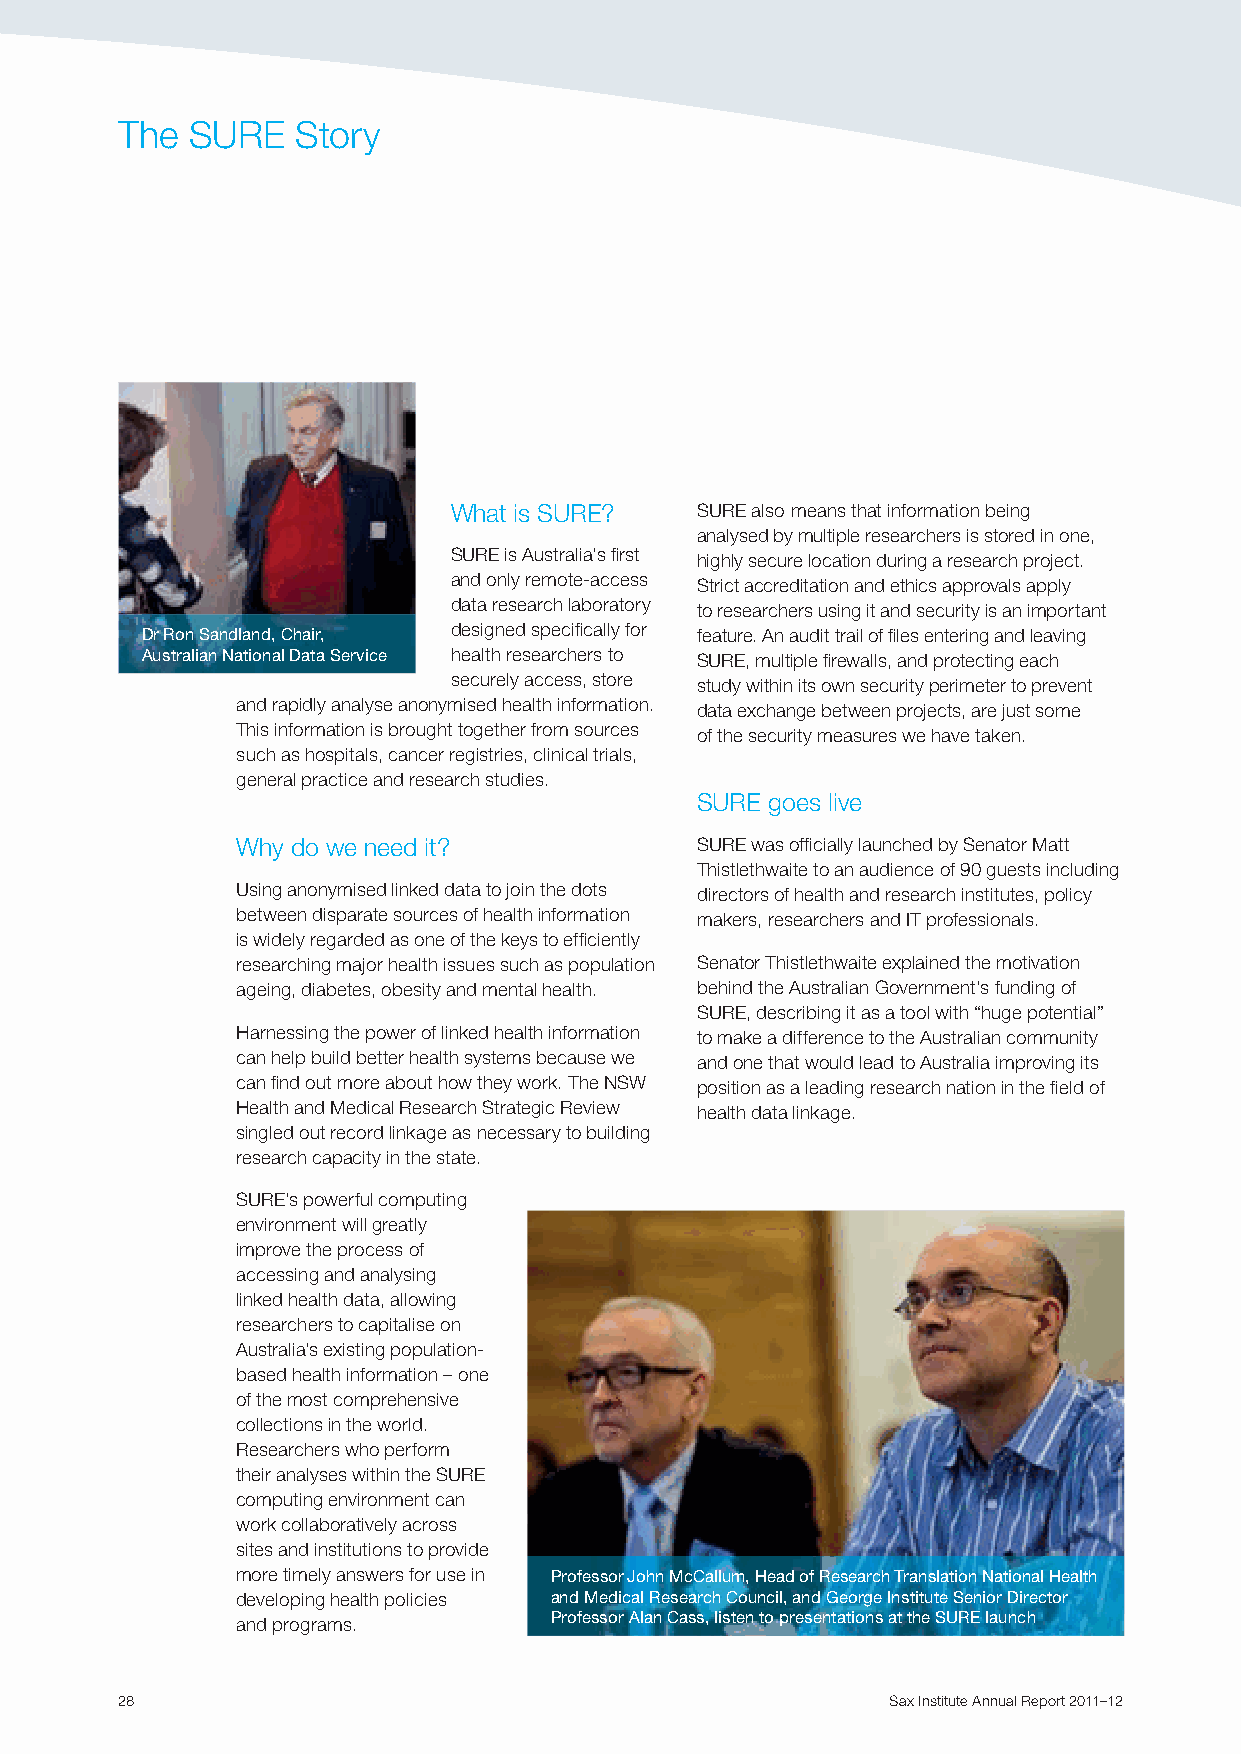
The  SURE   Story
 What is SURE?   SURE also means that information being
 analysed by multiple researchers is stored in one,
 SURE is Australia’s first highly secure location during a research project.
 and only remote-access Strict accreditation and ethics approvals apply
 data research laboratory to researchers using it and security is an important
 Dr Ron Sandland, Chair, designed specifically for feature. An audit trail of files entering and leaving
 Australian National Data Service health researchers to SURE, multiple firewalls, and protecting each
 securely access, store study within its own security perimeter to prevent
 and rapidly analyse anonymised health information. data exchange between projects, are just some
 This information is brought together from sources of the security measures we have taken.
 such as hospitals, cancer registries, clinical trials,
 general practice and research studies.
 SURE goes live
 Why do we need it?            SURE was officially launched by Senator Matt
 Thistlethwaite to an audience of 90 guests including
 Using anonymised linked data to join the dots directors of health and research institutes, policy
 between disparate sources of health information makers, researchers and IT professionals.
 is widely regarded as one of the keys to efficiently
 researching major health issues such as population Senator Thistlethwaite explained the motivation
 ageing, diabetes, obesity and mental health. behind the Australian Government’s funding of
 SURE, describing it as a tool with “huge potential”
 Harnessing the power of linked health information to make a difference to the Australian community
 can help build better health systems because we and one that would lead to Australia improving its
 can find out more about how they work. The NSW position as a leading research nation in the field of
 Health and Medical Research Strategic Review health data linkage.
 singled out record linkage as necessary to building
 research capacity in the state.
 SURE’s powerful computing
 environment will greatly
 improve the process of
 accessing and analysing
 linked health data, allowing
 researchers to capitalise on
 Australia’s existing population-
 based health information – one
 of the most comprehensive
 collections in the world.
 Researchers who perform
 their analyses within the SURE
 computing environment can
 work collaboratively across
 sites and institutions to provide
 more timely answers for use in Professor John McCallum, Head of Research Translation National Health
 developing health policies and Medical Research Council, and George Institute Senior Director
 and programs.       Professor Alan Cass, listen to presentations at the SURE launch
 28                                                 Sax Institute Annual Report 2011–12